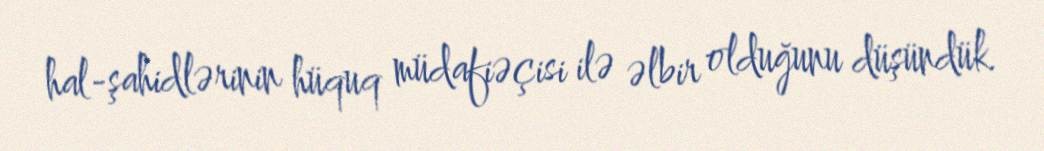
hal-şahidlərinin hüquq müdafiəçisi ilə əlbir olduğunu düşündük.